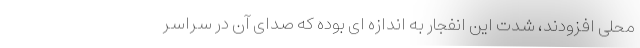
محلی افزودند، شدت این انفجار به اندازه ای بوده که صدای آن در سراسر